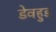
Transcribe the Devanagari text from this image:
डेवहुड